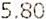
5.80